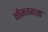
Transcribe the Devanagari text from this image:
नीमचमाता